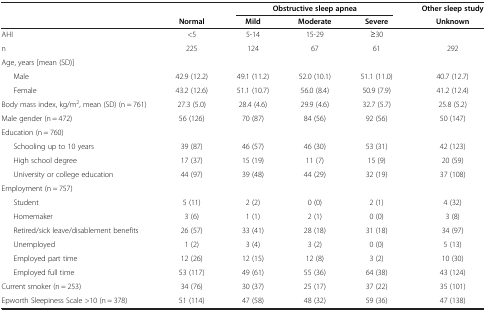
| <ROWSPAN=2>  |  | <COLSPAN=3> Obstructive sleep apnea | Other sleep study |
 | Normal | Mild | Moderate | Severe | Unknown |
 | --- | --- | --- | --- | --- | --- |
 | AHI | <5 | 5-14 | 15-29 | ≥30 |  |
 | n | 225 | 124 | 67 | 61 | 292 |
 | <COLSPAN=6> Age, years [mean (SD)] |
 | Male | 42.9 (12.2) | 49.1 (11.2) | 52.0 (10.1) | 51.1 (11.0) | 40.7 (12.7) |
 | Female | 43.2 (12.6) | 51.1 (10.7) | 56.0 (8.4) | 50.9 (7.9) | 41.2 (12.4) |
 | Body mass index, kg/m2, mean (SD) (n = 761) | 27.3 (5.0) | 28.4 (4.6) | 29.9 (4.6) | 32.7 (5.7) | 25.8 (5.2) |
 | Male gender (n = 472) | 56 (126) | 70 (87) | 84 (56) | 92 (56) | 50 (147) |
 | <COLSPAN=6> Education (n = 760) |
 | Schooling up to 10 years | 39 (87) | 46 (57) | 46 (30) | 53 (31) | 42 (123) |
 | High school degree | 17 (37) | 15 (19) | 11 (7) | 15 (9) | 20 (59) |
 | University or college education | 44 (97) | 39 (48) | 44 (29) | 32 (19) | 37 (108) |
 | <COLSPAN=6> Employment (n = 757) |
 | Student | 5 (11) | 2 (2) | 0 (0) | 2 (1) | 4 (32) |
 | Homemaker | 3 (6) | 1 (1) | 2 (1) | 0 (0) | 3 (8) |
 | Retired/sick leave/disablement benefits | 26 (57) | 33 (41) | 28 (18) | 31 (18) | 34 (97) |
 | Unemployed | 1 (2) | 3 (4) | 3 (2) | 0 (0) | 5 (13) |
 | Employed part time | 12 (26) | 12 (15) | 12 (8) | 3 (2) | 10 (30) |
 | Employed full time | 53 (117) | 49 (61) | 55 (36) | 64 (38) | 43 (124) |
 | Current smoker (n = 253) | 34 (76) | 30 (37) | 25 (17) | 37 (22) | 35 (101) |
 | Epworth Sleepiness Scale >10 (n = 378) | 51 (114) | 47 (58) | 48 (32) | 59 (36) | 47 (138) |